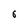
Character: 6